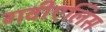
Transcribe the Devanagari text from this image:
गवीएलिस